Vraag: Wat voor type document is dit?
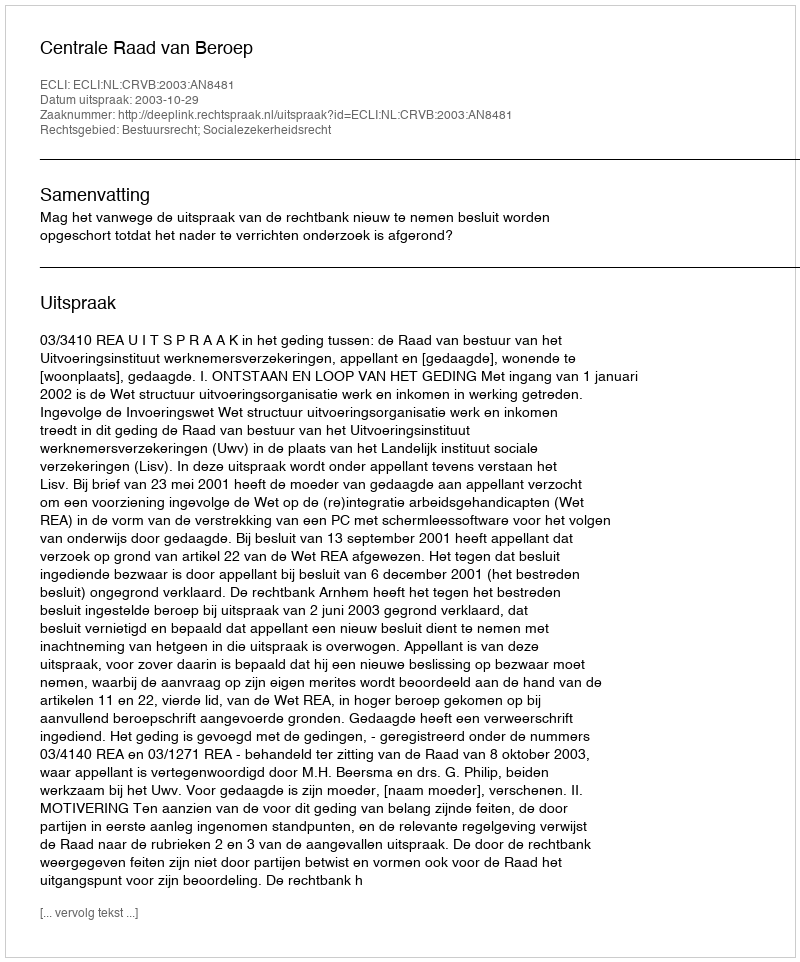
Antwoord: Uitspraak